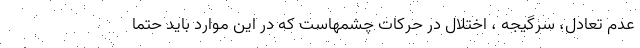
عدم تعادل، سرگیجه ، اختلال در حرکات چشمهاست که در این موارد باید حتما